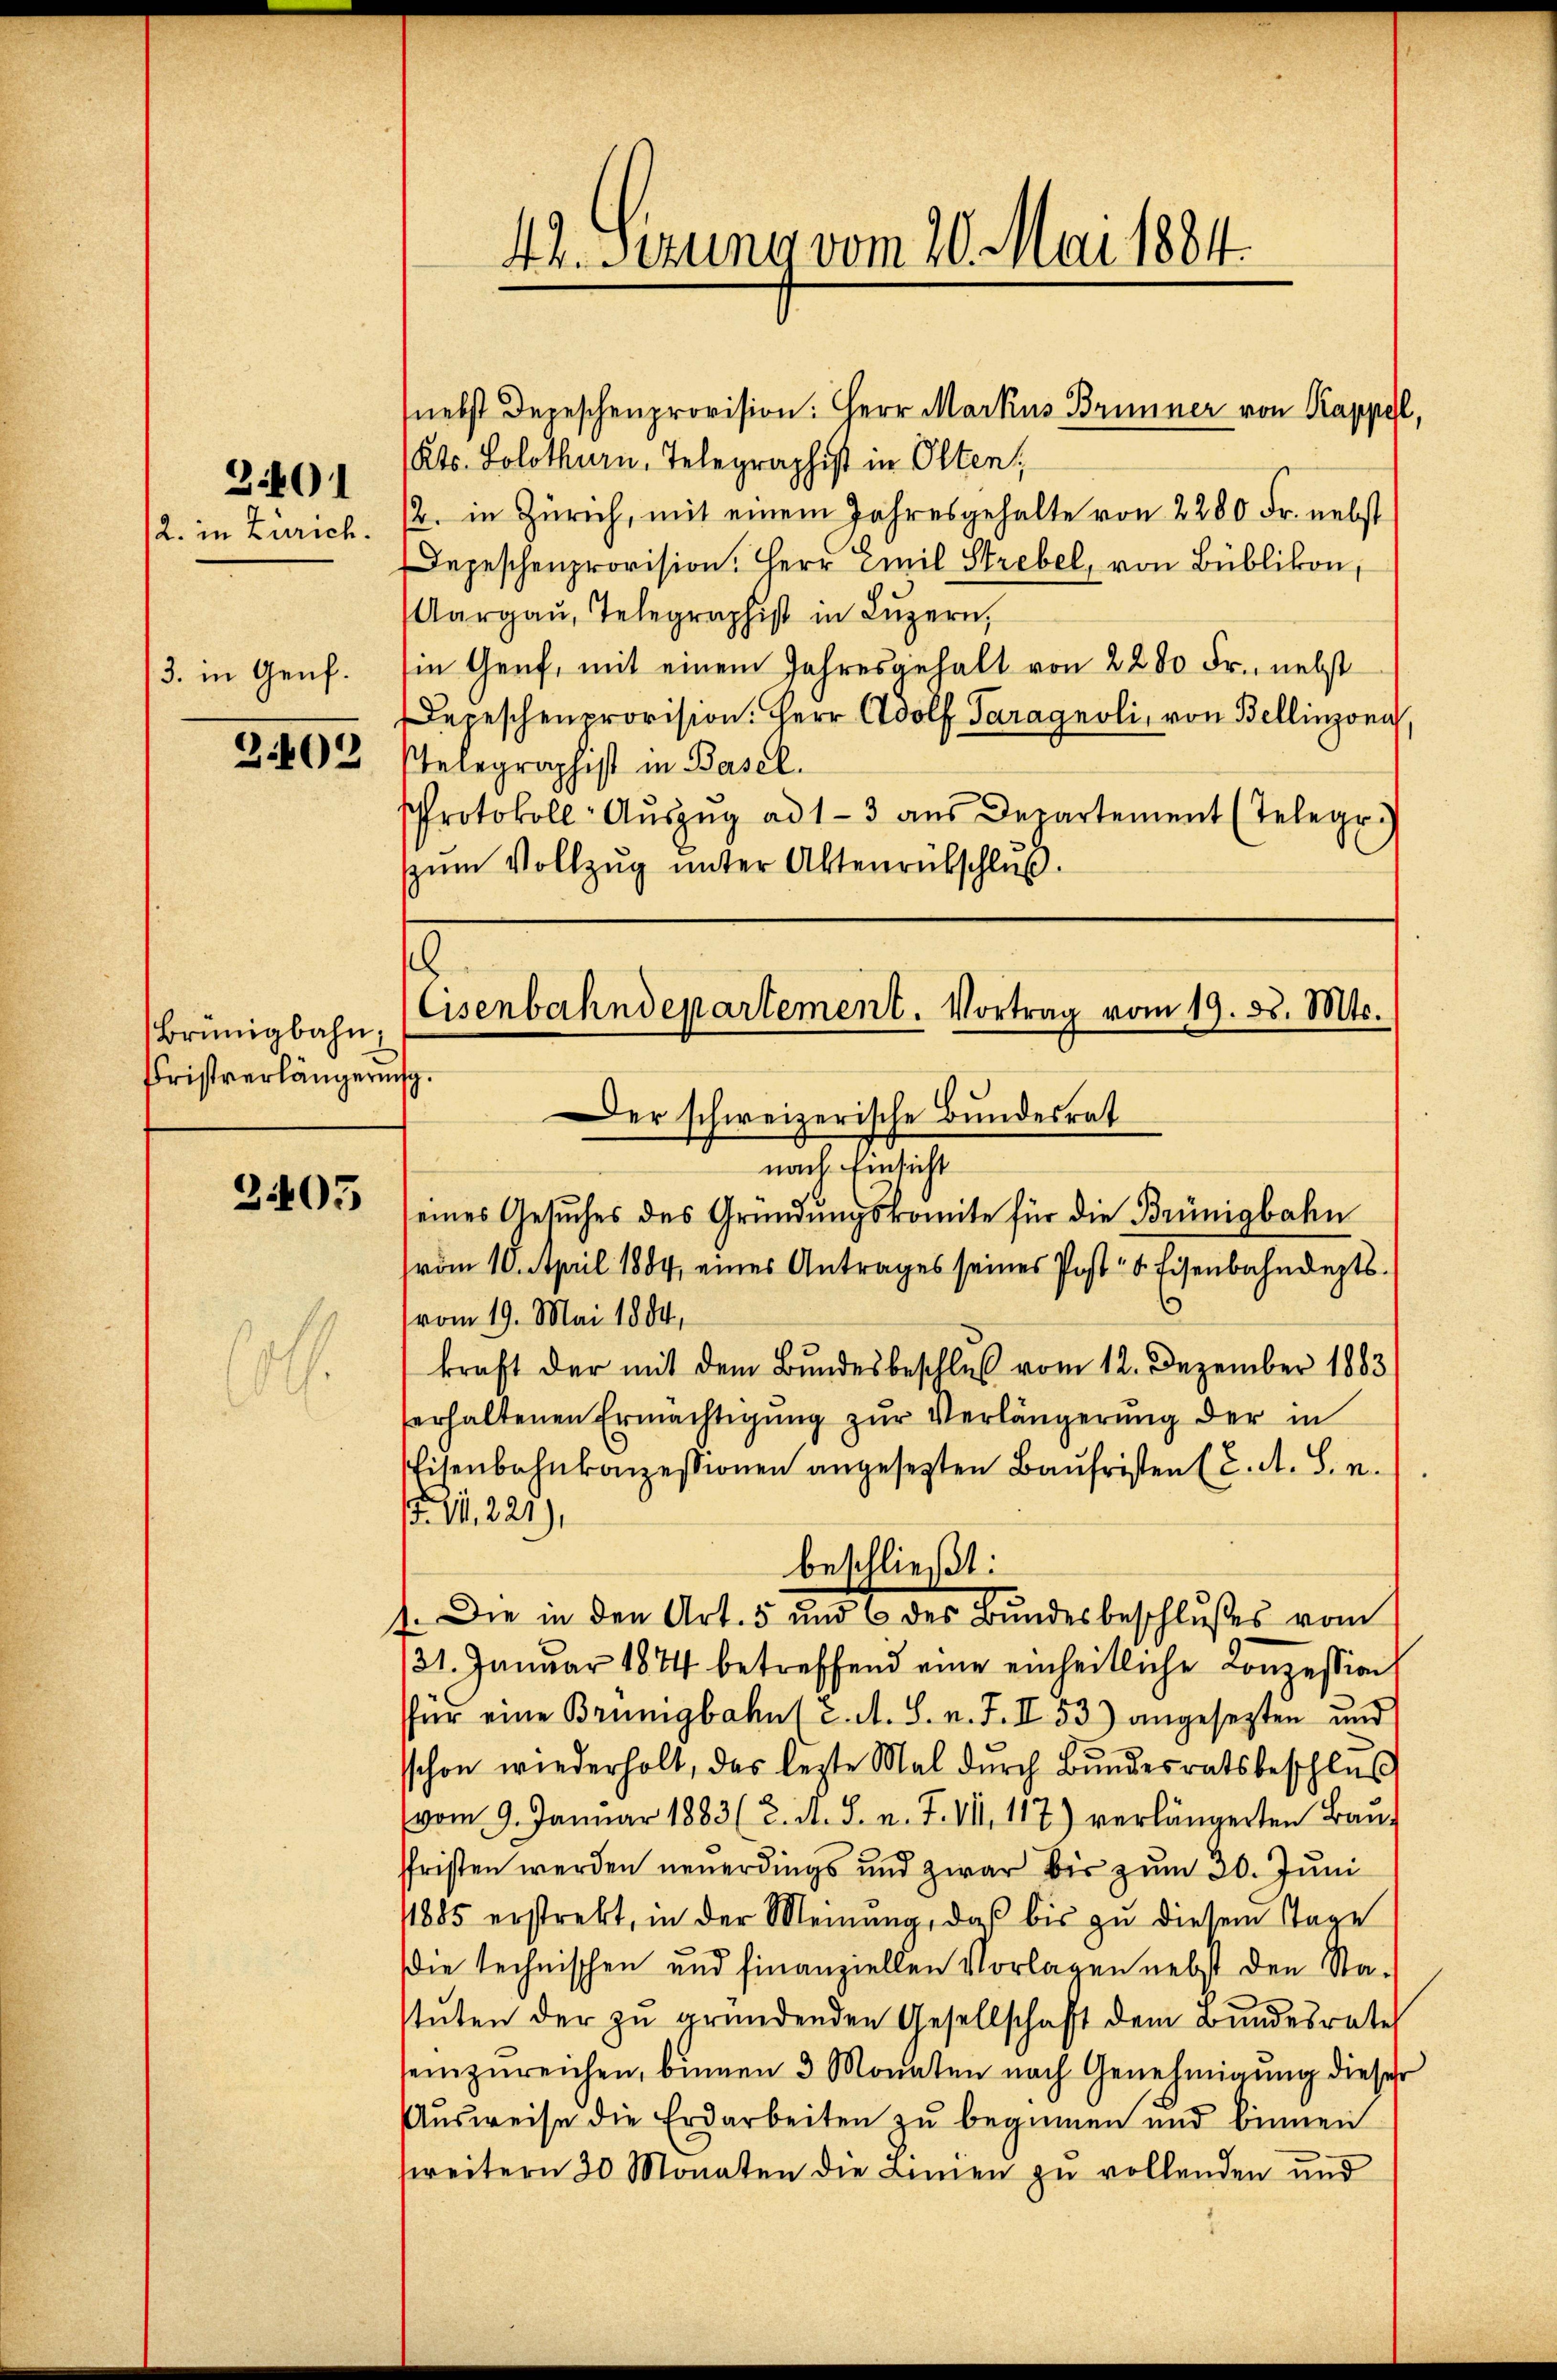
2. in Zürich.

301

3. in Genf.
3402

Brünigbahn,
Fristverlängerin

2405

f

42. Sizung vom 20. Mai 1884.

nebst Depeschenprovision: Herr Markus Brunner von Kappel,
Kts. Solothurn, Telegraphist in Olten
2. in Zürich, mit einem Jahresgehalte von 2200 Fr. nebst
Depeschenprovision. Herr Emil Strebel, von Bublikon,
Aargaŭ, Telegraphist in Lŭzern,
in Genf, mit einem Jahresgehalt von 2200 Fr. nebst
Depeschenprovision. Herr Adolf Paragnoli, von Bellinzona
Telegraphist in Basel.
Protokoll-Aŭszŭg ad 1-3 aŭs Departement (Telegr.
zum Vollzug unter Aktenrütschluß.

.
Eisenbahndepartement. Vortrag vom 19. d. Mts.
s.
Der schweizerische Bundesrat

nach Einsicht
seines Gesuches des Gründungskomite für die Brünigbahn
vom 10. April 1884, eines Antrages seines Post 8 Eisenbahndepts.
s
vom 19. Mai 1884,
kraft der mit dem Bundesbeschluß vom 12. Dezember 1883
erhaltenen Ermächtigung zur Verlängerung der in
Eisenbahnkonzessionen angesetzten Baufristen (C. A. S. n.
11,221),
beschließt:
). Die in den Art. 5 und 6 des Bundesbeschlußes vom
131. Januar 1874 betreffend eine einheitliche Conzession
für eine Brünigbahn (2. A. S. n. F. II 53) angesezten und
schon wiederholt, das lezte Mal durch Bŭndesratsbeschlus
vom 9. Januar 1883 (2. A. S. n. F. VII 117) verlängerten Bauffristen werden neuerdings und zwar bis zum 30. Juni
1885 erstrekt, in der Meinŭng, daβ bis zu diesem Tage
die technischen und finanziellen Vorlagen nebst den Stastuten der zu gründenden Gesellschaft dem Bundesrate
seinzŭreichen, binnen 3 Monaten nach Genehmigŭng dieser
Ausweise die Erdarbeiten zu beginnen und binnen
weitern 30 Monaten die Linnen zu vollenden und